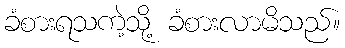
ခံစားရသကဲ့သို့ ခံစားလာမိသည်။